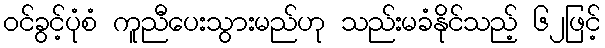
ဝင်ခွင့်ပုံစံ ကူညီပေးသွားမည်ဟု သည်းမခံနိုင်သည့် ၆၂ဖြင့်